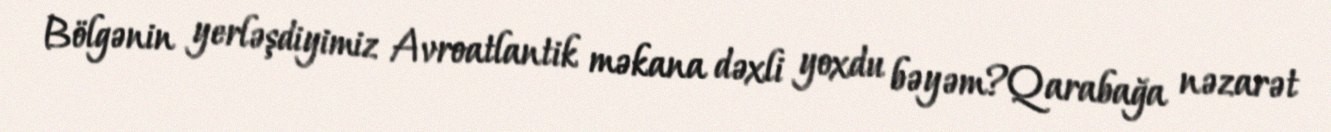
Bölgənin yerləşdiyimiz Avroatlantik məkana dəxli yoxdu bəyəm?Qarabağa nəzarət